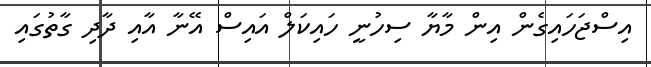
އިސްޖަހައިގެން އިން މާޔާ ސިހުނީ ހައިކަލް އައިސް އޭނާ އާއި ދާދި ގާތުގައި